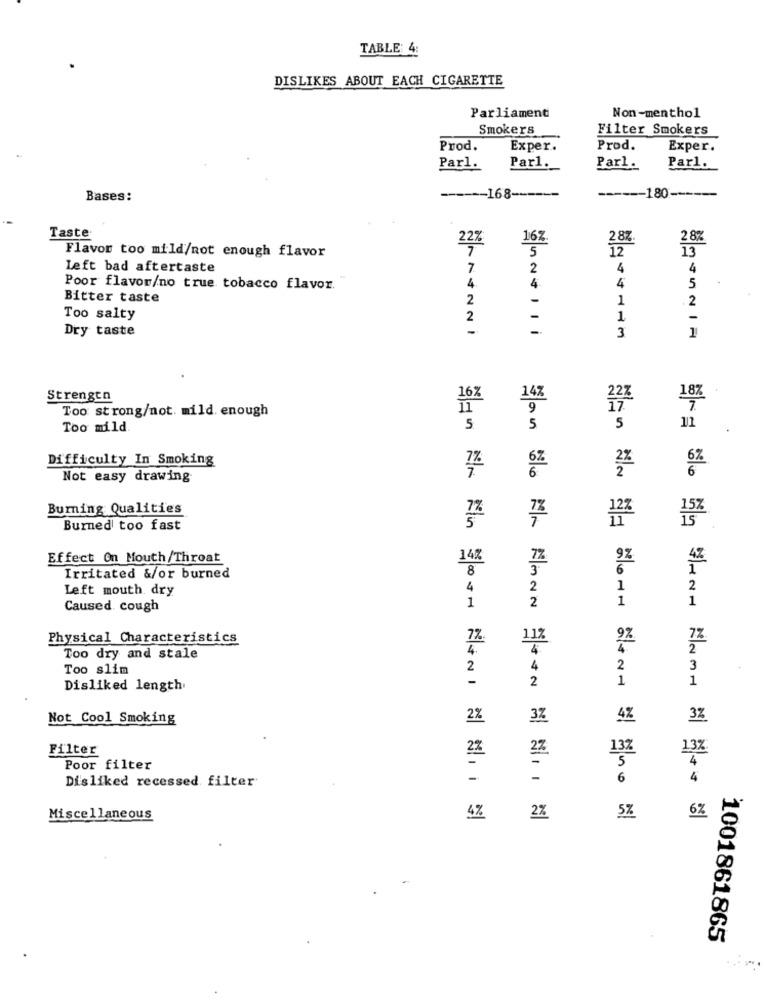
TABLE: 4:
DISLIKES ABOUT EACH CIGARETTE
Parliament
Non-menthol
Smokers
Filter Smokers
Prod.
Exper.
Prod.
Exper.
Parl.
Parl.
Parl.
Parl.
Bases:
------ 168-
------ 180-
Taste
16%
287
28%
5
12
13
Flavor too mild/not enough flavor
Left bad aftertaste
7
2
4
4
4.
4
Poor flavor/no true tobacco flavor.
4
5
Bitter taste
2
1
2
Too salty
-
1
-
Dry taste
2 1
3
1
Strengtn
14%
Too strong/not. mild. enough
17
Too mild
5
5
5
11
Difficulty In Smoking
6%
Not easy drawing
Burning Qualities
122
15z
Burned too fast
Effect On Mouth/Throat
14%
9%
3
4Z
Irritated &/or burned
8
Left mouth. dry
4
2
2
Caused cough
1
2
1
1
Physical Characteristics
7%.
112
9%.
7%
2
Too dry and stale
Too slim
2
4
2
3
Disliked length
2
1
1
Not Cool Smoking
2%
3%
3%
Filter
2%
2%
13%
13%
Poor filter
5
4
Disliked recessed filter
4
Miscellaneous
4%
2%
5%
6Z
1001861865